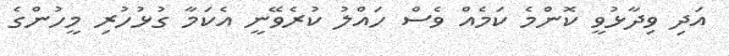
އަދި ވިދާޅުވީ ކޮންމެ ކަމެއް ވެސް ހައްލު ކުރެވޭނީ އެކަމާ ގުޅުހުރި މީހުންގެ